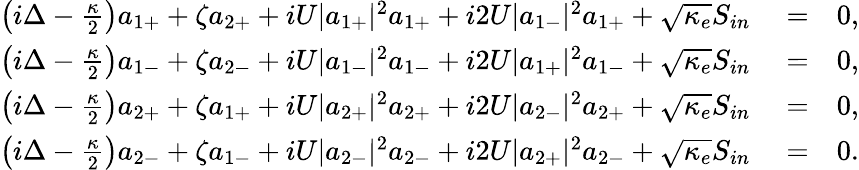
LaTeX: \begin{array}{rlr}{\left(i\Delta-\frac{\kappa}{2}\right)a_{1+}+\zeta a_{2+}+iU|a_{1+}|^{2}a_{1+}+i2U|a_{1-}|^{2}a_{1+}+\sqrt{\kappa_{e}}S_{in}}&{{}=}&{0,}\\ {\left(i\Delta-\frac{\kappa}{2}\right)a_{1-}+\zeta a_{2-}+iU|a_{1-}|^{2}a_{1-}+i2U|a_{1+}|^{2}a_{1-}+\sqrt{\kappa_{e}}S_{in}}&{{}=}&{0,}\\ {\left(i\Delta-\frac{\kappa}{2}\right)a_{2+}+\zeta a_{1+}+iU|a_{2+}|^{2}a_{2+}+i2U|a_{2-}|^{2}a_{2+}+\sqrt{\kappa_{e}}S_{in}}&{{}=}&{0,}\\ {\left(i\Delta-\frac{\kappa}{2}\right)a_{2-}+\zeta a_{1-}+iU|a_{2-}|^{2}a_{2-}+i2U|a_{2+}|^{2}a_{2-}+\sqrt{\kappa_{e}}S_{in}}&{{}=}&{0.}\end{array}